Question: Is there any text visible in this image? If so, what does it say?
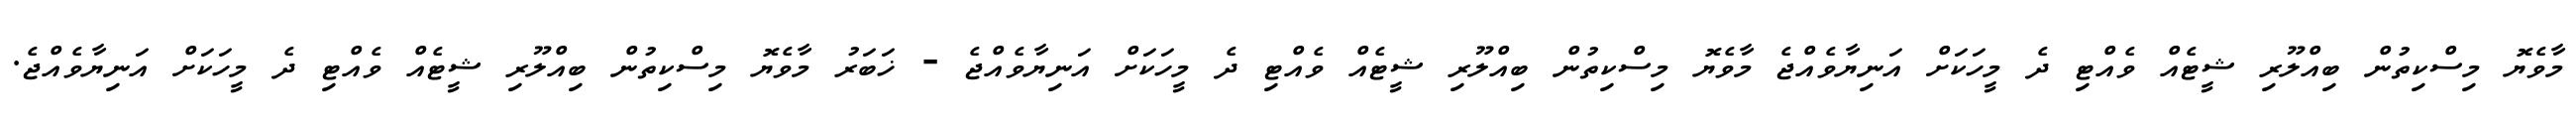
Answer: މާވެޔޮ މިސްކިތުން ބިއްލޫރި ޝީޓެއް ވެއްޓި ދެ މީހަކަށް އަނިޔާވެއްޖެ މާވެޔޮ މިސްކިތުން ބިއްލޫރި ޝީޓެއް ވެއްޓި ދެ މީހަކަށް އަނިޔާވެއްޖެ - ޚަބަރު މާވެޔޮ މިސްކިތުން ބިއްލޫރި ޝީޓެއް ވެއްޓި ދެ މީހަކަށް އަނިޔާވެއްޖެ.